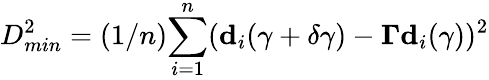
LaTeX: D_{min}^{2}=(1/n){\sum_{i=1}^{n}}({\mathbf d_{i}}(\gamma+\delta\gamma)-{\mathbf\Gamma}{\mathbf d_{i}}(\gamma))^{2}